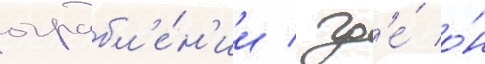
ограбл'е́н'ии / гд'е́ о́н